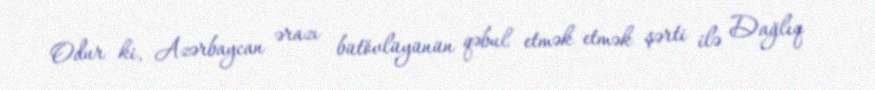
Odur ki, Azərbaycan ərazı bütövlüyünün qəbul etmək etmək şərti ilə Dağlıq